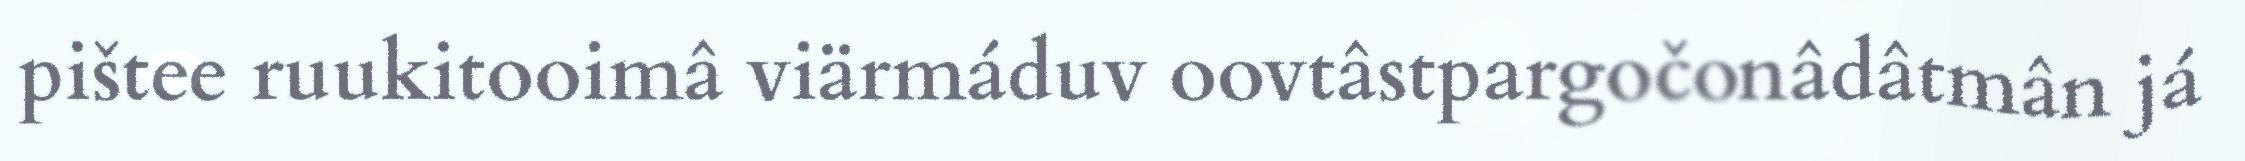
pištee ruukitooimâ viärmáduv oovtâstpargočonâdâtmân já